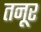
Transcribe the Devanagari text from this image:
तनूर